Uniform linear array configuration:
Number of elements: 64
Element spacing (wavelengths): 0.25
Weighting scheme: hamming
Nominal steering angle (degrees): -15
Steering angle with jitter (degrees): -15.935
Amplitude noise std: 0.05
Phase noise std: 0.05

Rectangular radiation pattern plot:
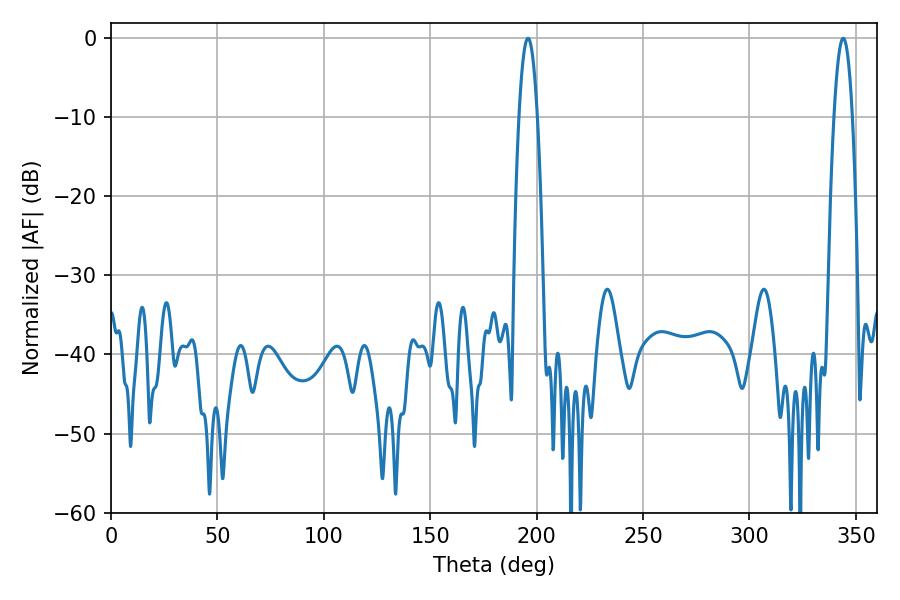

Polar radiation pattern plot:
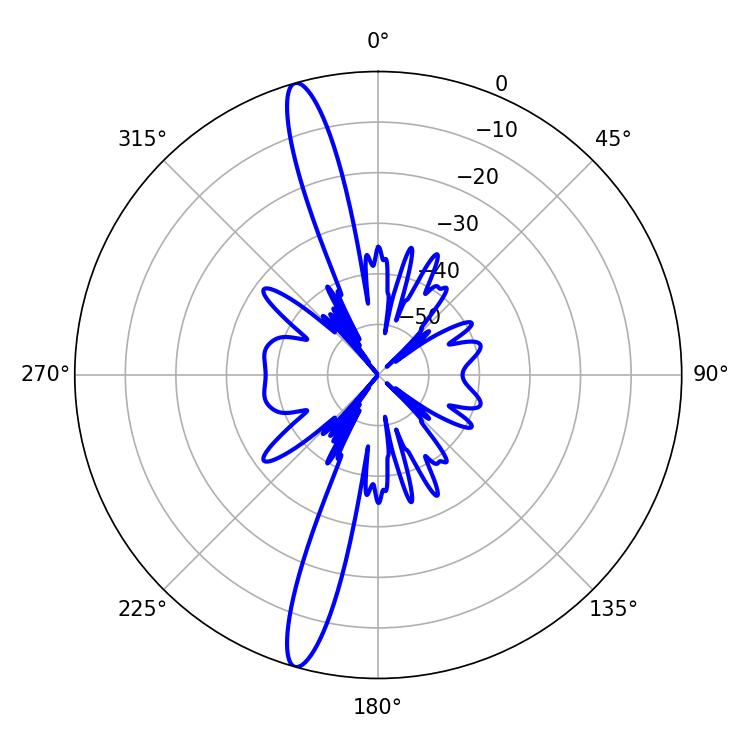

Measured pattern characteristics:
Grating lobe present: FALSE
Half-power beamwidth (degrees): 4.86
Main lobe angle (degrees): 343.98